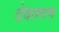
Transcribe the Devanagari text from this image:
देवतगण